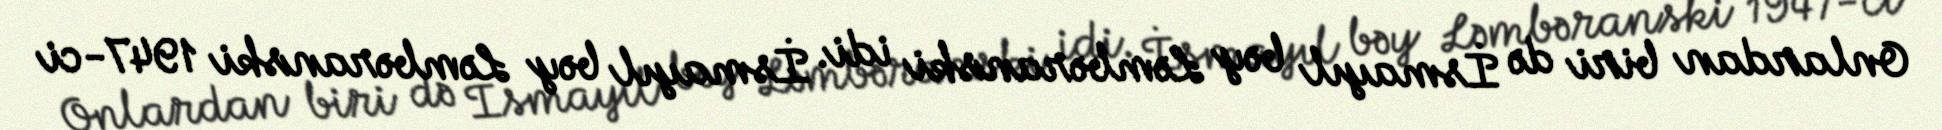
Onlardan biri də İsmayıl bəy Ləmbəranski idi. İsmayıl bəy Ləmbəranski 1947-ci